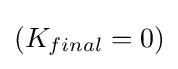
(K_{final}=0)